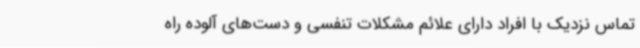
تماس نزدیک با افراد دارای علائم مشکلات تنفسی و دست‌های آلوده راه